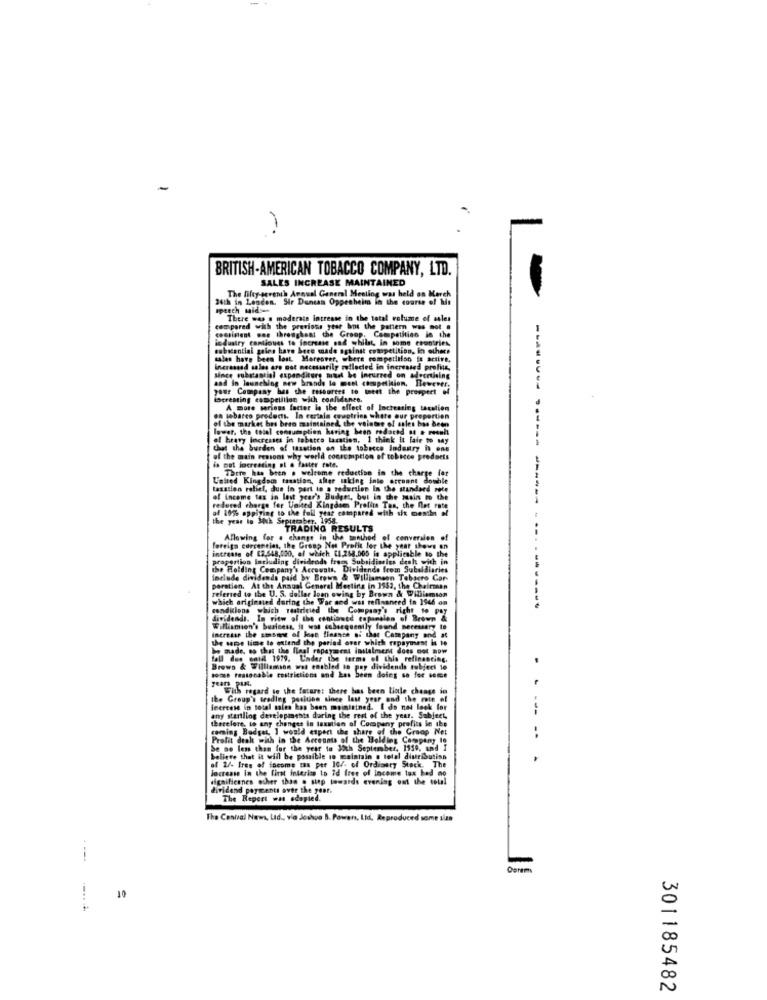
-
BRITISH-AMERICAN TOBACCO COMPANY, LTD.
SALES INCREASE MAINTAINED
34th in Londen. Sir Duncan Oppenheim in the course of Mir
The fifty-seremth Annual Ganem! Mestiog was held on March
speech mid-
There was a moderate intresse in the total volume of asles
compared with the previous year bos the pattern was not @
4 the pattern was
consistent woe througheat the Group, Competition in the
industry continues to increase sad whilst in some countries,
substantial gains have bore made against competition, in others
sales have been lost. Moreover, where competition it active.
inerasssd sales are not necessarily reflected in increased profits,
since substantial expenditure must be Incurred on advertising
and in launching new brands lo must competition, However,
your Company bes the resources to toeet the prospect of
iscreating compelllion with coalidance.
A more serious factor le the effect of Increasing taxation
--------..
of the market bes beso maintained, the veintese of sales has been
on tebarco products. In certala countries white our proportion
lower, the total consumption having been rodachd of a result
el bravy increases in tobarco taxation, 1 think it fair to my
that the burden of taxation on the tobacco Industry in one
of the main reasons why world consumption of tobacco products
is out locreating si . faster rate.
There has been . welcome reduction in the charge for
L'atted Kingdom taxation, sier taking into erconne double
taxation relief, due in part to a reduction In the standard sete
of income tax in lost year's Budget, but in the musin to the
reduced charge for United Kingdom Profits Tan, the flat rate
af 10% oppiging to the full year compared with six months el
the year is Juk Seprecaber, 1958.
TRADING RESULTS
Allowing for a change in the method of conversion of
foreign currencies, the Group Net Profit for the year shows on
increase of [2,648,000, of which [1,268.000 is applicable to the
praportion Including dividrods from Subsidiaries desh with in
the Holding Company's Accounts, Dividende from Subaldiaries
include dividends paid by Brown & Williamson Tobacro Car-
peration. At the Annual General Meeting in 1553, the Chairman
referred to the U. S. dollar loen owing by Brown & Williamson
which originsed during the War ned wsi refinanced to 1946 on
condicions which restricted the Company's right to pay
dividends. In ritw ol the continued eupansion of Brown &
Williamion's business. it was subsequently found necessary to
the same time to attend the period over which repayment I to
increase the smsneve of loan finance of that Company and at
ho made, so that the final repayment instalment does not now
fall due until 1979. Under the terms of this refinancing,
Brows & Williamson was enabled to pay dividends tobject le
tomu. reasonable restrictions and Les been doing so for some
years puil.
With regard to the fatare: there has been tinle cheage in
the Group's trading position since last year and the rate et
increase in total sales kas been moimisined. I do not look for
any startling developments daring the rest of the year. Subject,
therefore, to any changes in taxation of Company profits in the
----
coming Budget, I would expect the share of the Groap Net
Profit dealt with in the Accounts of the Holding Company le
..
be no less than for the year to Joch September, 1159, and I
believe that it will be possible to maintain o total distribution
of 2/- Ires of focome tas per 10/. of Ordinary Stock. The
increase in the first interise to id free of income tax bed no
significanes other than . step towards evening out the total
dividend paymentt aver the year.
The Report was edapied.
The Central News, Lad ., via Jeshua B. Powers, Ltd. Reproduced some size
301185482